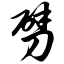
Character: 劈